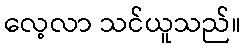
လေ့လာ သင်ယူသည်။